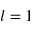
l = 1